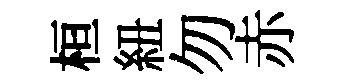
桓紐勿赤